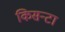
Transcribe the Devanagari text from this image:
किसन्टा